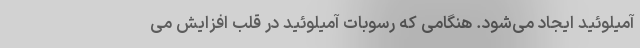
آمیلوئید ایجاد می‌شود. هنگامی که رسوبات آمیلوئید در قلب افزایش می